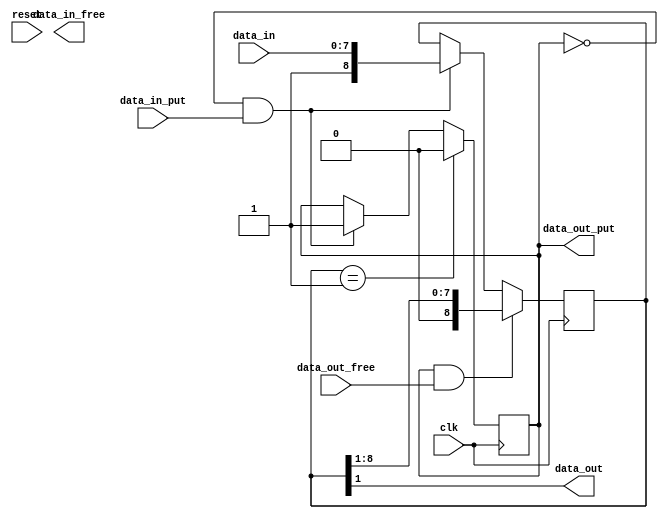
// TinyFPGA USB Code
// From https://github.com/lawrie/tiny_usb_examples/tree/master/usb

module width_adapter #(
  parameter [31:0] INPUT_WIDTH = 8,
  parameter [31:0] OUTPUT_WIDTH = 1
) (
  input clk,
  input reset,

  input data_in_put,
  output data_in_free,
  input [INPUT_WIDTH-1:0] data_in,

  output data_out_put,
  input data_out_free,
  output [OUTPUT_WIDTH-1:0] data_out
);

  generate
    if (INPUT_WIDTH > OUTPUT_WIDTH) begin
      // wide to narrow conversion
      reg [INPUT_WIDTH:0] data_in_q;
      reg has_data;

      always @(posedge clk) begin
        if (!has_data && data_in_put) begin
          data_in_q <= {1'b1, data_in};
          has_data <= 1;
        end

        if (has_data && data_out_free) begin
          data_in_q <= data_in_q >> OUTPUT_WIDTH;
        end

        if (data_in_q == 1'b1) begin
          has_data <= 0;
        end
      end

      assign data_out = data_in_q[OUTPUT_WIDTH:1];
      assign data_out_put = has_data;


    end else if (INPUT_WIDTH < OUTPUT_WIDTH) begin
      // narrow to wide conversion


    end else begin
      assign data_in_free = data_out_free;
      assign data_out_put = data_in_put;
      assign data_out = data_in;
    end
  endgenerate

endmodule